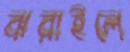
ঝরাইলে